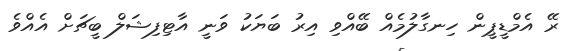
ރޭ އެމްޑީޕީން ހިނގާލުމެއް ބޭއްވި އިރު ބަޔަކު ވަނީ އާޓިފިޝަލް ބީޗަށް އެއްވެ